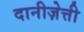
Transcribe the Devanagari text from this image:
दानीज़ेत्ती